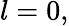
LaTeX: l=0,